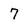
Character: 7